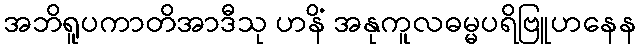
အဘိရူပကာတိအာဒီသု ဟနိံ အနုကူလဓမ္မပရိဗြူဟနေန